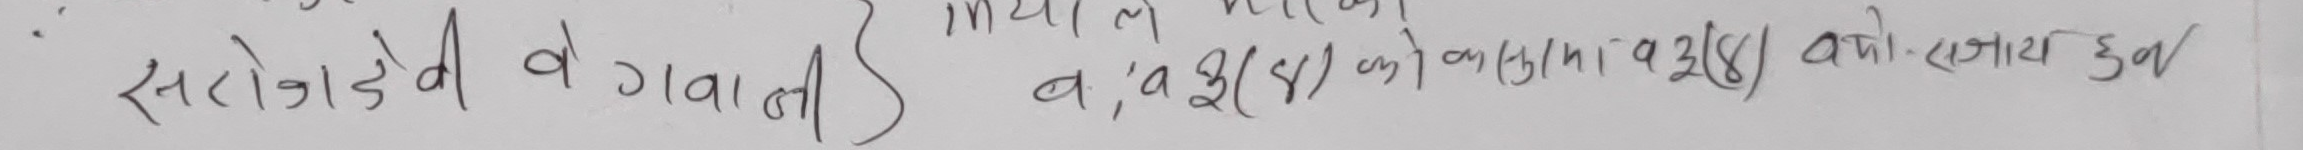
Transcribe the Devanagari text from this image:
सरोगिडे दि व गवाल ने } न, व. ए ३(४) को कुरुमा १ अ ३(४) सजाया हुन्